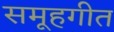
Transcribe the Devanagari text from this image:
समूहगीत